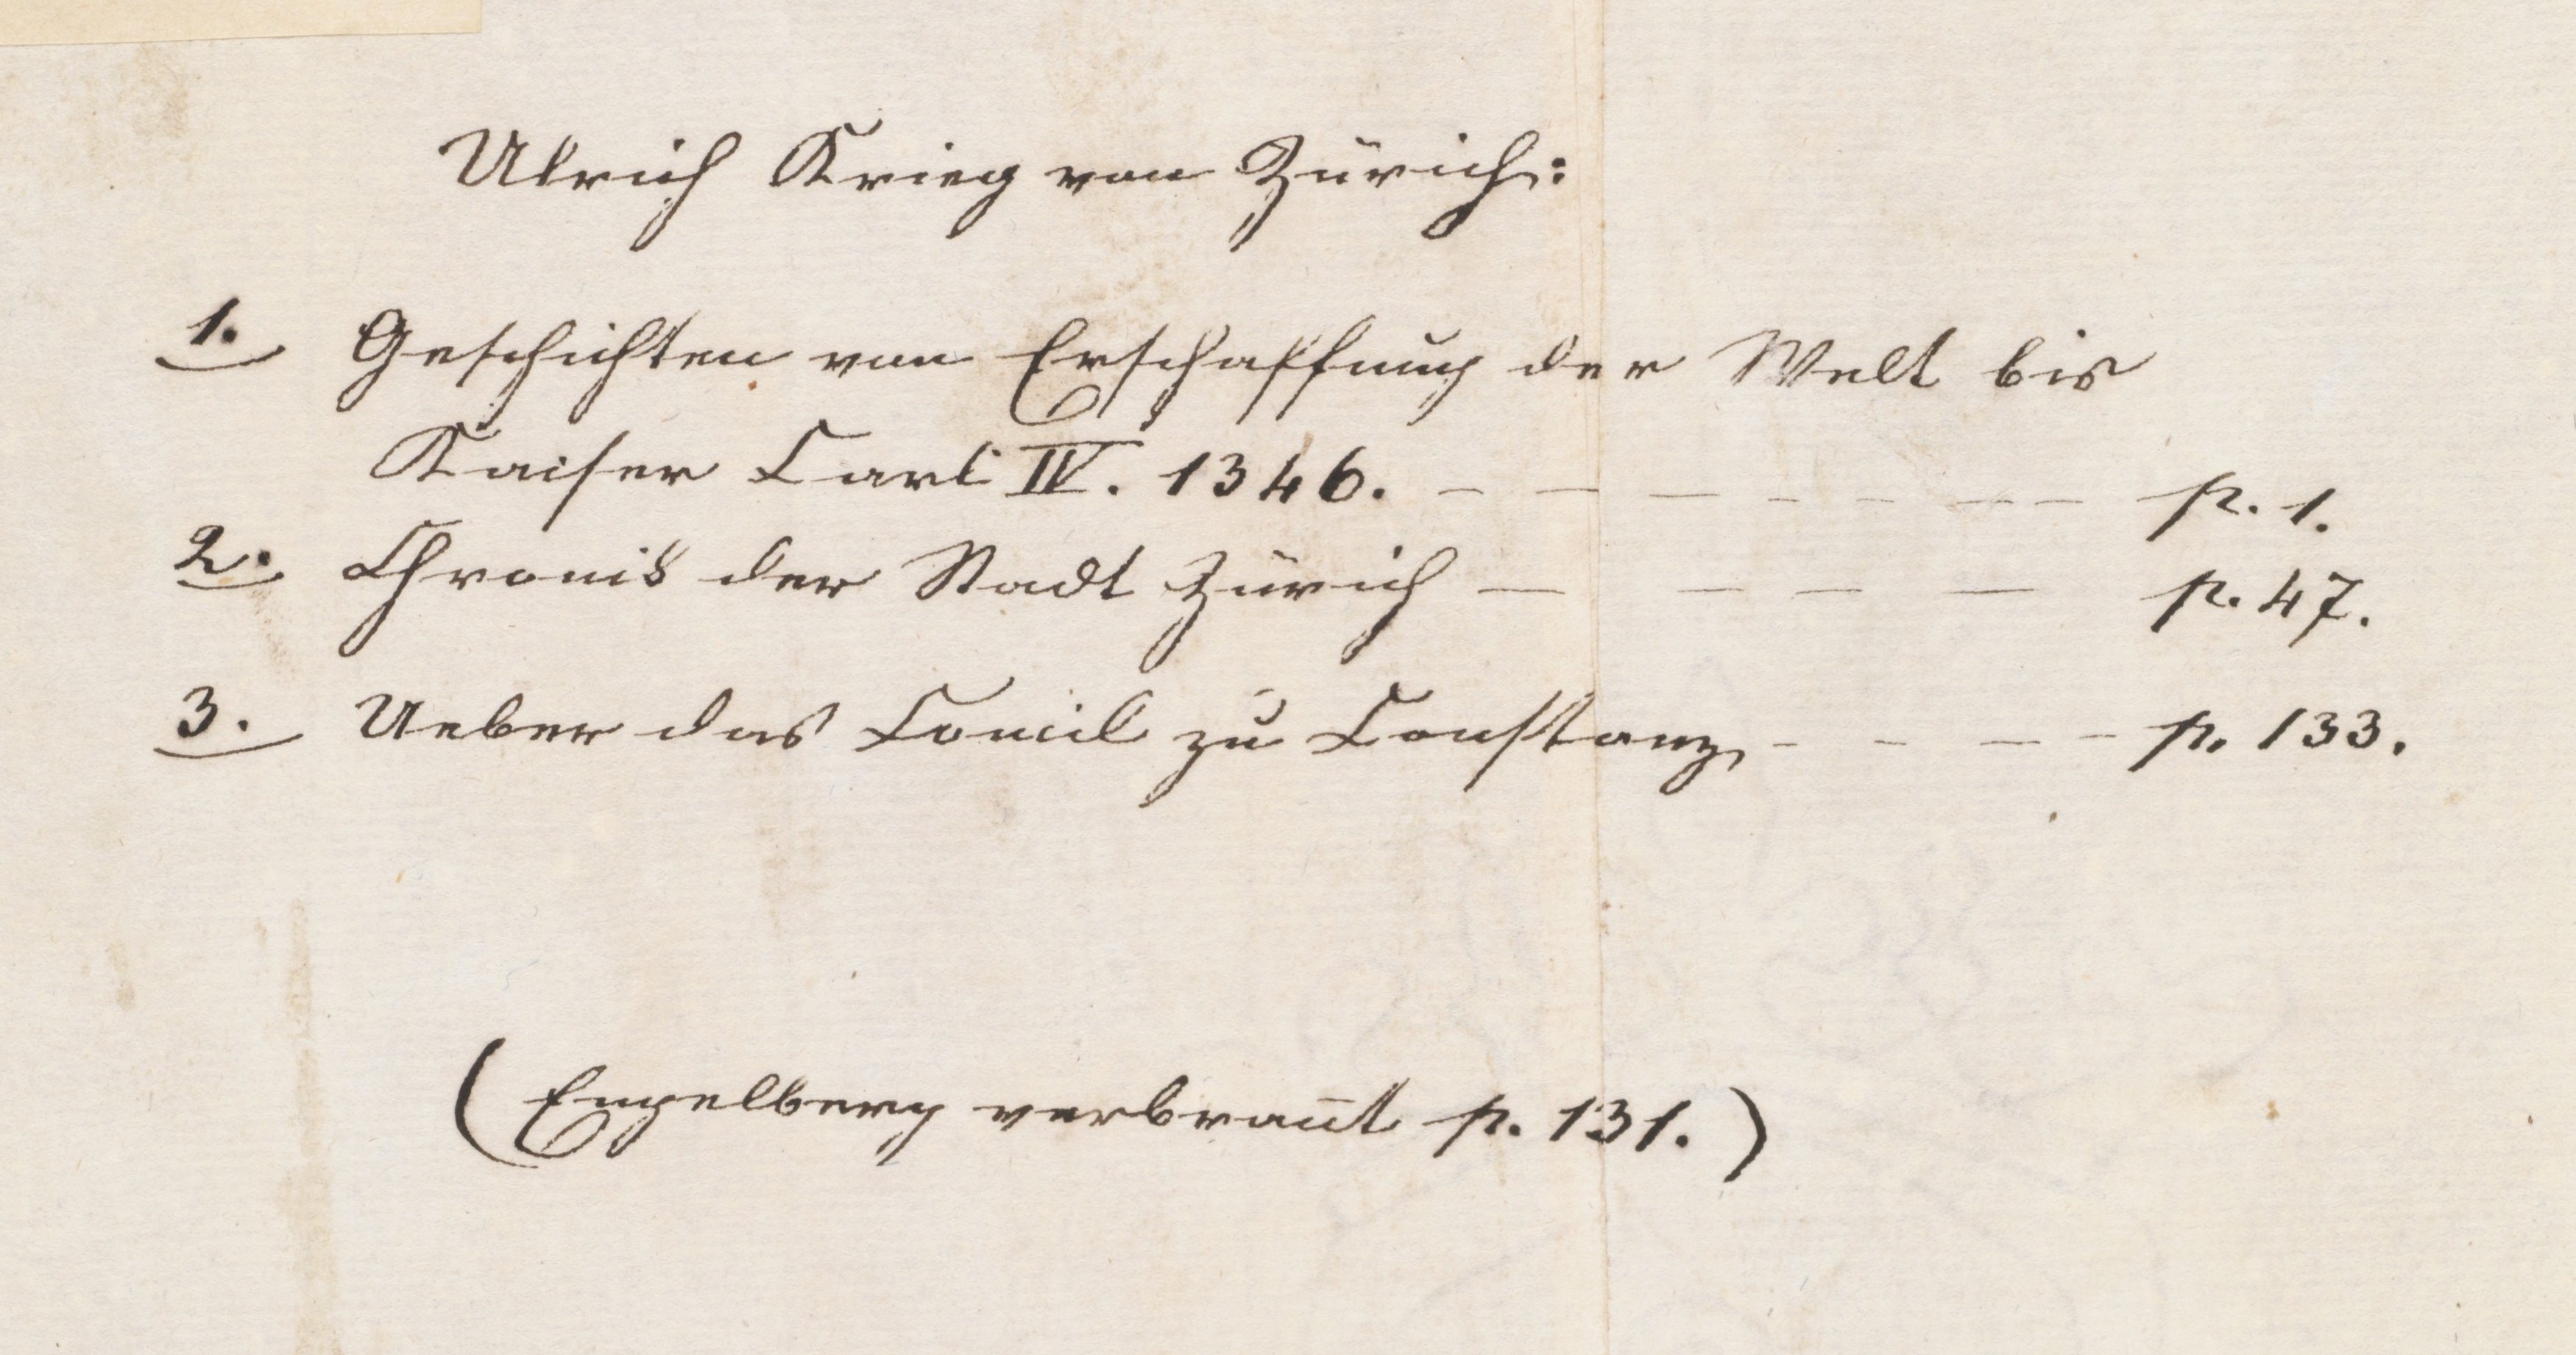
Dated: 1400–1499